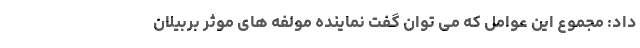
داد: مجموع این عوامل که می توان گفت نماینده مولفه های موثر بربیلان